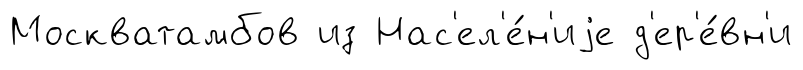
Москватамбов из Нас'ел'е́н'иjе д'ер'е́вн'и